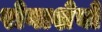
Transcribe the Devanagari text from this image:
रोगाशेवो